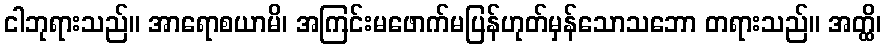
ငါဘုရားသည်။ အာရောစယာမိ၊ အကြင်းမဖောက်မပြန်ဟုတ်မှန်သောသဘော တရားသည်။ အတ္ထိ၊